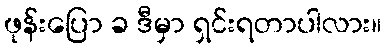
ဖုန်းပြော ခ ဒီမှာ ရှင်းရတာပါလား။